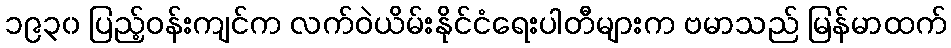
၁၉၃၀ ပြည့်ဝန်းကျင်က လက်ဝဲယိမ်းနိုင်ငံရေးပါတီများက ဗမာသည် မြန်မာထက်